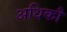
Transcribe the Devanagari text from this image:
अधिकौ